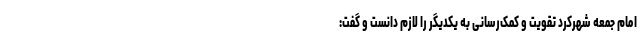
امام جمعه شهرکرد تقویت و کمک‌رسانی به یکدیگر را لازم دانست و گفت: